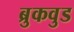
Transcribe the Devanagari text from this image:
ब्रुकवुड